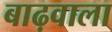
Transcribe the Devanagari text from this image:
बाढ़वाला